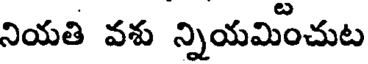
నియతి వశు న్నియమించుట